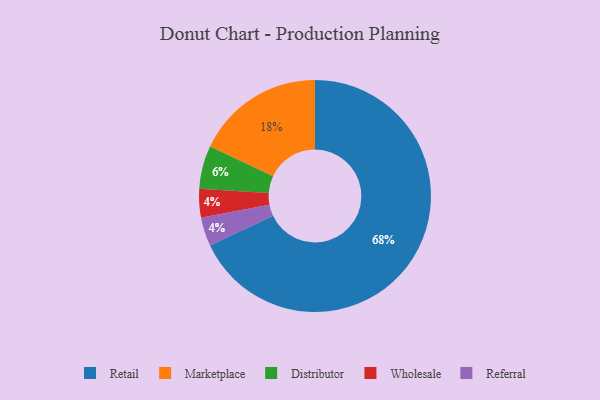
{"axis": {"x": "Category", "y": "Percentage"}, "legend": ["Distributor", "Marketplace", "Referral", "Retail", "Wholesale"], "data": [{"x": "Retail", "y": 68, "type": "Retail"}, {"x": "Marketplace", "y": 18, "type": "Marketplace"}, {"x": "Distributor", "y": 6, "type": "Distributor"}, {"x": "Wholesale", "y": 4, "type": "Wholesale"}, {"x": "Referral", "y": 4, "type": "Referral"}]}